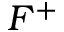
F ^ { + }